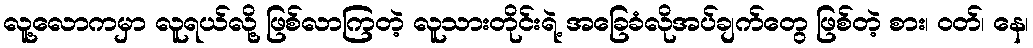
လူ့လောကမှာ လူရယ်လို့ ဖြစ်လာကြတဲ့ လူသားတိုင်းရဲ့ အခြေခံလိုအပ်ချက်တွေ ဖြစ်တဲ့ စား၊ ဝတ်၊ နေ၊